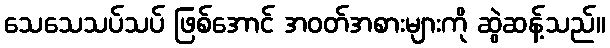
သေသေသပ်သပ် ဖြစ်အောင် အဝတ်အစားများကို ဆွဲဆန့်သည်။